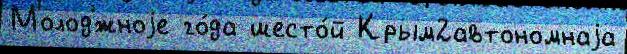
Молод'́жноjе го́да шесто́й Крым2автономнаjа